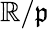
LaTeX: \mathbb{R}/{\mathfrak{{p}}}